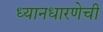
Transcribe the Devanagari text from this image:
ध्यानधारणेची